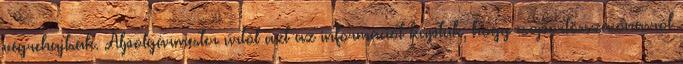
végrehajtsák. Alpolgármester úrtól azt az információt kaptuk, hogy csoportösszevonásról